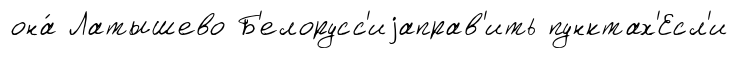
она́ Латышево Б'елорусс'иjаправ'ить пунктах'Есл'и